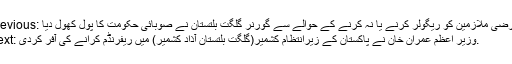
Previous: عارضی ملازمین کو ریگولر کرنے یا نہ کرنے کے حوالے سے گورنر گلگت بلتستان نے صوبائی حکومت کا پول کھول دیا
Next: وزیر اعظم عمران خان نے پاکستان کے زیرانتظام کشمیر(گلگت بلتستان آذاد کشمیر) میں ریفرنڈم کرانے کی آفر کردی.